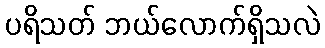
ပရိသတ် ဘယ်လောက်ရှိသလဲ